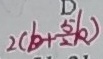
2 ( b + \frac { 5 } { 2 } k )